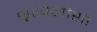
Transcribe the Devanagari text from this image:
शृंखलांशी